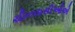
ચીનવાસીઓએ